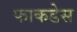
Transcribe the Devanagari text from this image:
फाकडेस